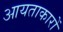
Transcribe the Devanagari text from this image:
आयताकारों